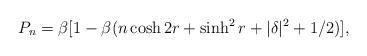
LaTeX: \begin{align*}P_{n}=\beta [1-\beta (n\cosh 2r+\sinh ^{2}r+|\delta |^{2}+1/2)],\end{align*}